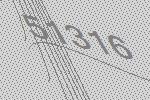
51316